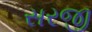
સરજી